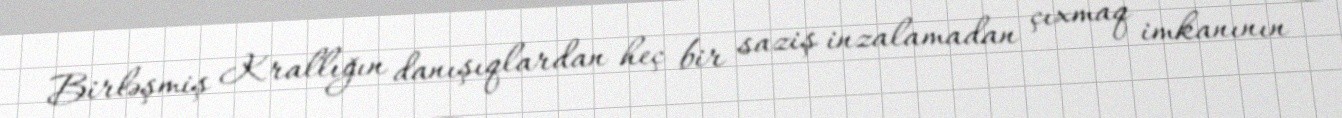
Birləşmiş Krallığın danışıqlardan heç bir saziş inzalamadan çıxmaq imkanının